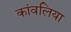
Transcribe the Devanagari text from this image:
कांवलिया